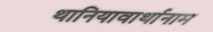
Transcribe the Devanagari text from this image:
थानियावार्थानाम